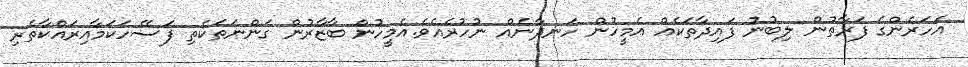
އަހަރެންގެ ފަރާތުން ލިބުނު ފައިދާތަކެއް އެމީހުން ހަނދާނެއް ނުހުރެއެވެ.އެމީހުން ބާޒާރުން ގަންނަތަކެތި ފަސޭހަކަމާއިރައްކާތެރި